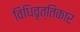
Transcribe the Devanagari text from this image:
विधिवृत्तिकार